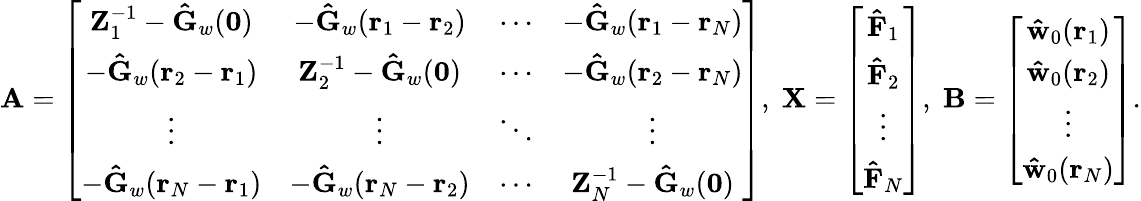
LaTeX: \mathbf{A}=\left[\begin{array}{cccc}{{\mathbf{Z}_{1}^{-1}-\mathbf{\hat{G}}_{w}(\mathbf{0})}}&{{-\mathbf{\hat{G}}_{w}(\mathbf{r}_{1}-\mathbf{r}_{2})}}&{{\cdots}}&{{-\mathbf{\hat{G}}_{w}(\mathbf{r}_{1}-\mathbf{r}_{N})}}\\ {{-\mathbf{\hat{G}}_{w}(\mathbf{r}_{2}-\mathbf{r}_{1})}}&{{\mathbf{Z}_{2}^{-1}-\mathbf{\hat{G}}_{w}(\mathbf{0})}}&{{\cdots}}&{{-\mathbf{\hat{G}}_{w}(\mathbf{r}_{2}-\mathbf{r}_{N})}}\\ {{\vdots}}&{{\vdots}}&{{\ddots}}&{{\vdots}}\\ {{-\mathbf{\hat{G}}_{w}(\mathbf{r}_{N}-\mathbf{r}_{1})}}&{{-\mathbf{\hat{G}}_{w}(\mathbf{r}_{N}-\mathbf{r}_{2})}}&{{\cdots}}&{{\mathbf{Z}_{N}^{-1}-\mathbf{\hat{G}}_{w}(\mathbf{0})}}\end{array}\right],\; \mathbf{X}=\left[\begin{array}{c}{{\mathbf{\hat{F}}_{1}}}\\ {{\mathbf{\hat{F}}_{2}}}\\ {\vdots}\\ {{\mathbf{\hat{F}}_{N}}}\end{array}\right],\; \mathbf{B}=\left[\begin{array}{c}{{\mathbf{\hat{w}}_{0}(\mathbf{r}_{1})}}\\ {{\mathbf{\hat{w}}_{0}(\mathbf{r}_{2})}}\\ {\vdots}\\ {{\mathbf{\hat{w}}_{0}(\mathbf{r}_{N})}}\end{array}\right].